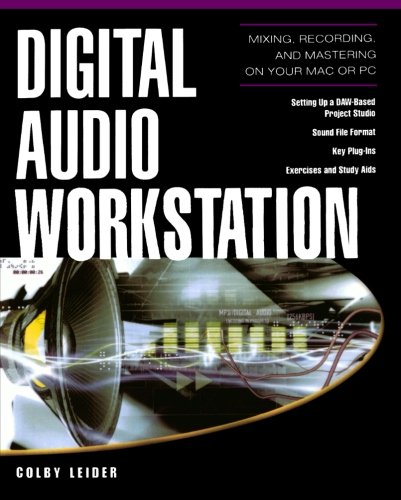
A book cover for Digital Audio Workstation; Colby N. Leider; Crafts, Hobbies & Home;